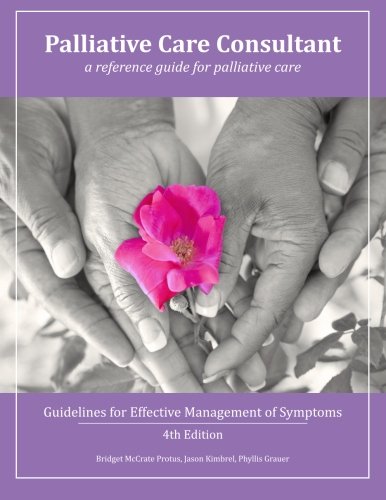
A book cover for Palliative Care Consultant: Guidelines for Effective Management of Symptoms; Bridget McCrate Protus; Self-Help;